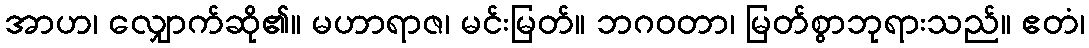
အာဟ၊ လျှောက်ဆို၏။ မဟာရာဇ၊ မင်းမြတ်။ ဘဂဝတာ၊ မြတ်စွာဘုရားသည်။ ဧတံ၊